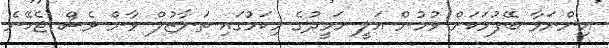
އިންނަވާ ބޭފުޅަކަށް ވުމުން އަލީ ހަމީދުގެ މިކަމުގައި ތަނާޒުލް ވާން ވެސް ޖެހޭނެ